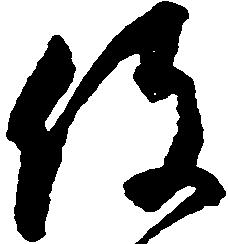
役